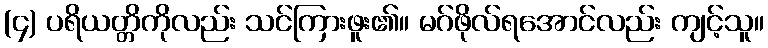
(၄) ပရိယတ္တိကိုလည်း သင်ကြားဖူး၏။ မဂ်ဖိုလ်ရအောင်လည်း ကျင့်သူ။